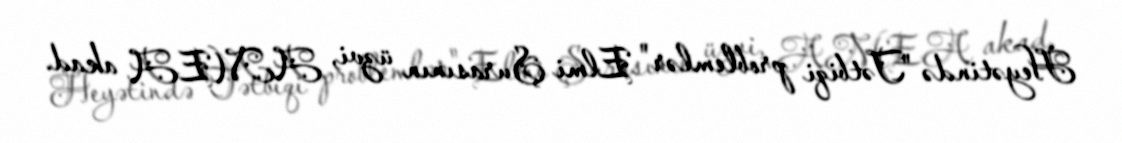
Heyətində "Tətbiqi problemlər" Elmi Şurasının üzvi, AMEA akad.